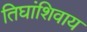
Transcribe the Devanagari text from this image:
तिघांशिवाय